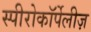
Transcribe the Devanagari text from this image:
स्पीरोकॉर्पेलीज़